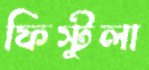
ফিস্টুলা